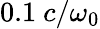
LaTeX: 0.1~c/\omega_{0}